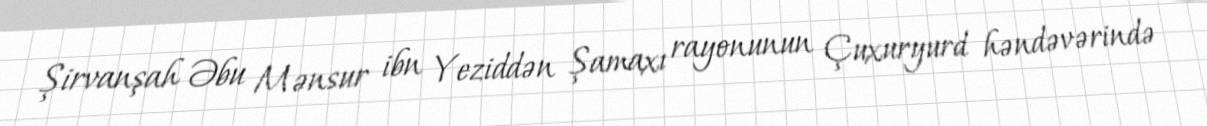
Şirvanşah Əbu Mənsur ibn Yeziddən Şamaxı rayonunun Çuxuryurd həndəvərində